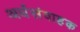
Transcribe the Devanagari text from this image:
अर्धसंवाहक